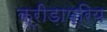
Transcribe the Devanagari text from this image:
क्रीड़ाप्रिय